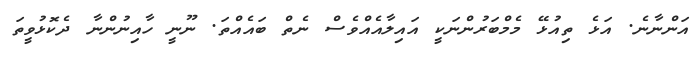
އަންނާނެ. އަޅެ ތިއުޅޭ މެމްބަރުންނަކީ އައިލާއެއްވެސް ނެތް ބައެއްތަ. ނޫނީ ހާއިނުންނާ ދެކޮޅުވީތަ